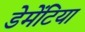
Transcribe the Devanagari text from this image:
डेमेंटिया